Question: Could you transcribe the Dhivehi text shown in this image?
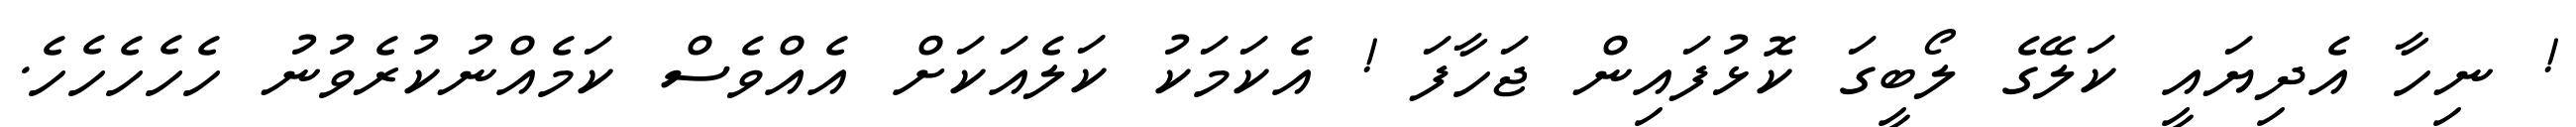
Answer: ! ނިހާ އެދިޔައީ ކަލޭގެ ލޯބީގަ ކޮޅުފައިން ޖަހާފަ ! އެކަމަކު ކަލެއަކަށް އެއްވެސް ކަމެއްނުކުރެވުނު ހެހެހެހެހެ.